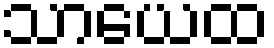
သာယေထ